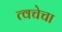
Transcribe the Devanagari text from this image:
त्‍वचेचा